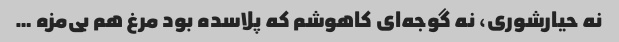
نه حیارشوری، نه گوجه‌ای کاهوشم که پلاسده بود مرغ هم بی‌مزه …